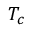
{ T } _ { c }